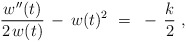
\begin{align*} {w^{\prime\prime}(t) \over 2\,w(t)} \, - \, w(t)^2~=~- \, {k \over 2}~,\end{align*}